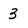
Character: 3